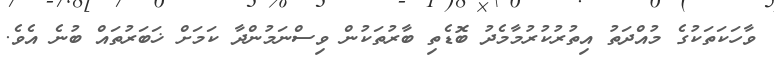
ވާހަކަތަކުގެ މުއްދަތު އިތުރުކުރުމާމެދު ބޮޑެތި ބާރުތަކުން ވިސްނަމުންދާ ކަމަށް ޚަބަރުތައް ބުނެ އެވެ.